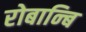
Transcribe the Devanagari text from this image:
रोबान्बि